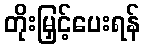
တိုးမြှင့်ပေးရန်